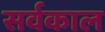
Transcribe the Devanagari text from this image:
सर्वकाल